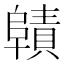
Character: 𮥜